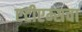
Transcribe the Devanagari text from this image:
एटीएम्सचा